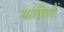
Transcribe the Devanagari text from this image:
भातियों